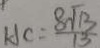
H C = \frac { 8 \sqrt { 1 3 } } { 1 3 }